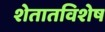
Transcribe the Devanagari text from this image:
शेतातविशेष